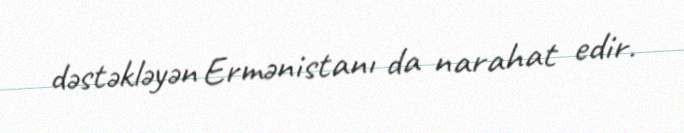
dəstəkləyən Ermənistanı da narahat edir.